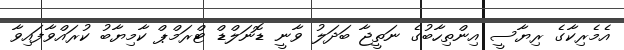
އެމެރިކާގެ ރިޔާސީ އިންތިހާބުގެ ނަތީޖާ ބަދަލު ވާނީ ޑޮނަލްޑް ޓްރަމްޕް ކާމިޔާބު ކުރައްވާފައިވާ